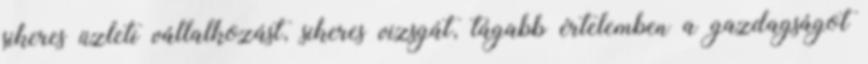
sikeres üzleti vállalkozást, sikeres vizsgát, tágabb értelemben a gazdagságot